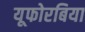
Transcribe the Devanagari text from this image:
यूफोरबिया